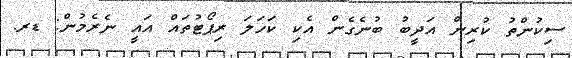
ސިކުންތު ކުރިން އަދީބު ބުނެގެން އެކި ކަހަލަ ރިޕޯޓުތައް އައީ ނެރެމުން: ޑރ.